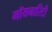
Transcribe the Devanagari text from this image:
मॉयनारिटी